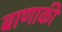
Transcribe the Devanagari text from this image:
बाणाकी